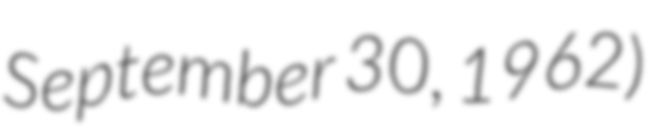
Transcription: September 30, 1962)